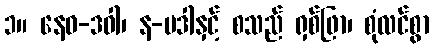
၁။ နေဝ-ဒဝါ၊ န-မဒါနှင့် စသည် ရှစ်ဖြာ၊ စုံလင်စွာ